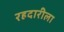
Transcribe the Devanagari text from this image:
रहदारीला